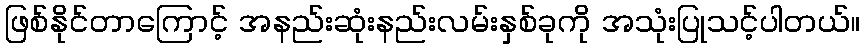
ဖြစ်နိုင်တာကြောင့် အနည်းဆုံးနည်းလမ်းနှစ်ခုကို အသုံးပြုသင့်ပါတယ်။